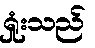
ရှုံးသည်